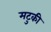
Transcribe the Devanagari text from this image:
मटुकी